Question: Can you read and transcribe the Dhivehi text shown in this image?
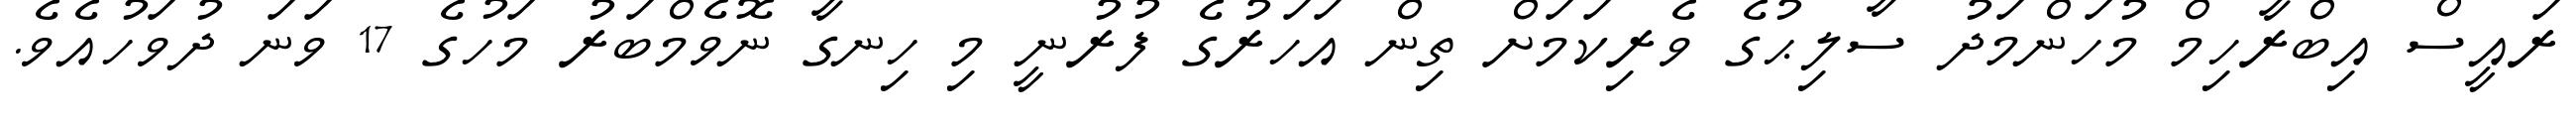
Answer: ރައީސް އިބްރާހިމް މުހަންމަދު ސާލިޙުގެ ވެރިކަމަށް ތިން އަހަރުގެ ފުރުނީ މި ހިނގާ ނޮވެމްބަރު މަހުގެ 17 ވަނަ ދުވަހުއެވެ.